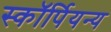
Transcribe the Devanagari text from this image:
स्कॉर्पियन्य